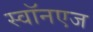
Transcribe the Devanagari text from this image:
स्वॉनएज